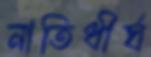
নাতিধীর্ঘ